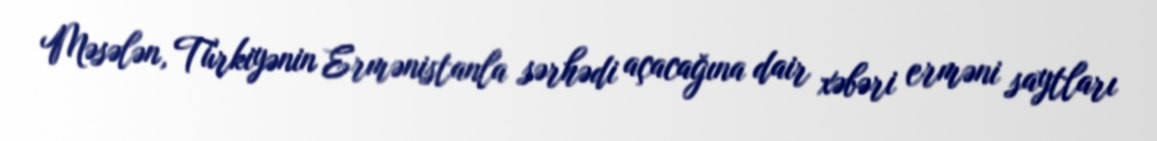
Məsələn, Türkiyənin Ermənistanla sərhədi açacağına dair xəbəri erməni saytları